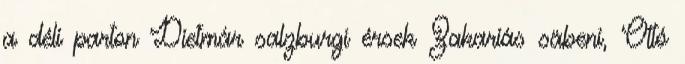
a déli parton Dietmár salzburgi érsek Zakariás säbeni, Ottó